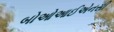
બોઓઆઈએનસી